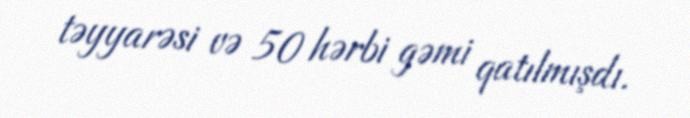
təyyarəsi və 50 hərbi gəmi qatılmışdı.